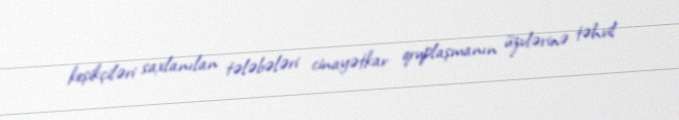
keşikçiləri saxlanılan tələbələri cinayətkar qruplaşmanın üzvlərinə təhvil